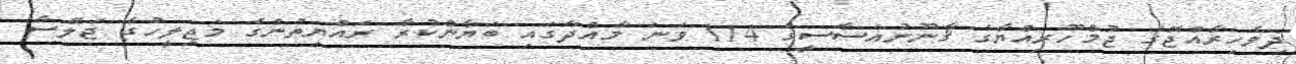
ދިވެހިރާއްޖޭގެ ޖުމްހޫރިއްޔާގެ ޤާނޫނުއަސާސީގެ 114 ވަނަ މާއްދާގައި ބަޔާންކުރާ ރައްޔިތުންގެ މަޖިލީހުގެ ޖަލްސާ